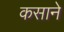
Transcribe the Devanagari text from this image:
कसाने